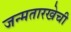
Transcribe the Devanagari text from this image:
जन्मतारखेची